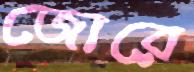
জোরে